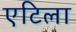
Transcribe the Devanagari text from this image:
एटिला